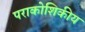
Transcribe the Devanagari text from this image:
पराकोशिकीय